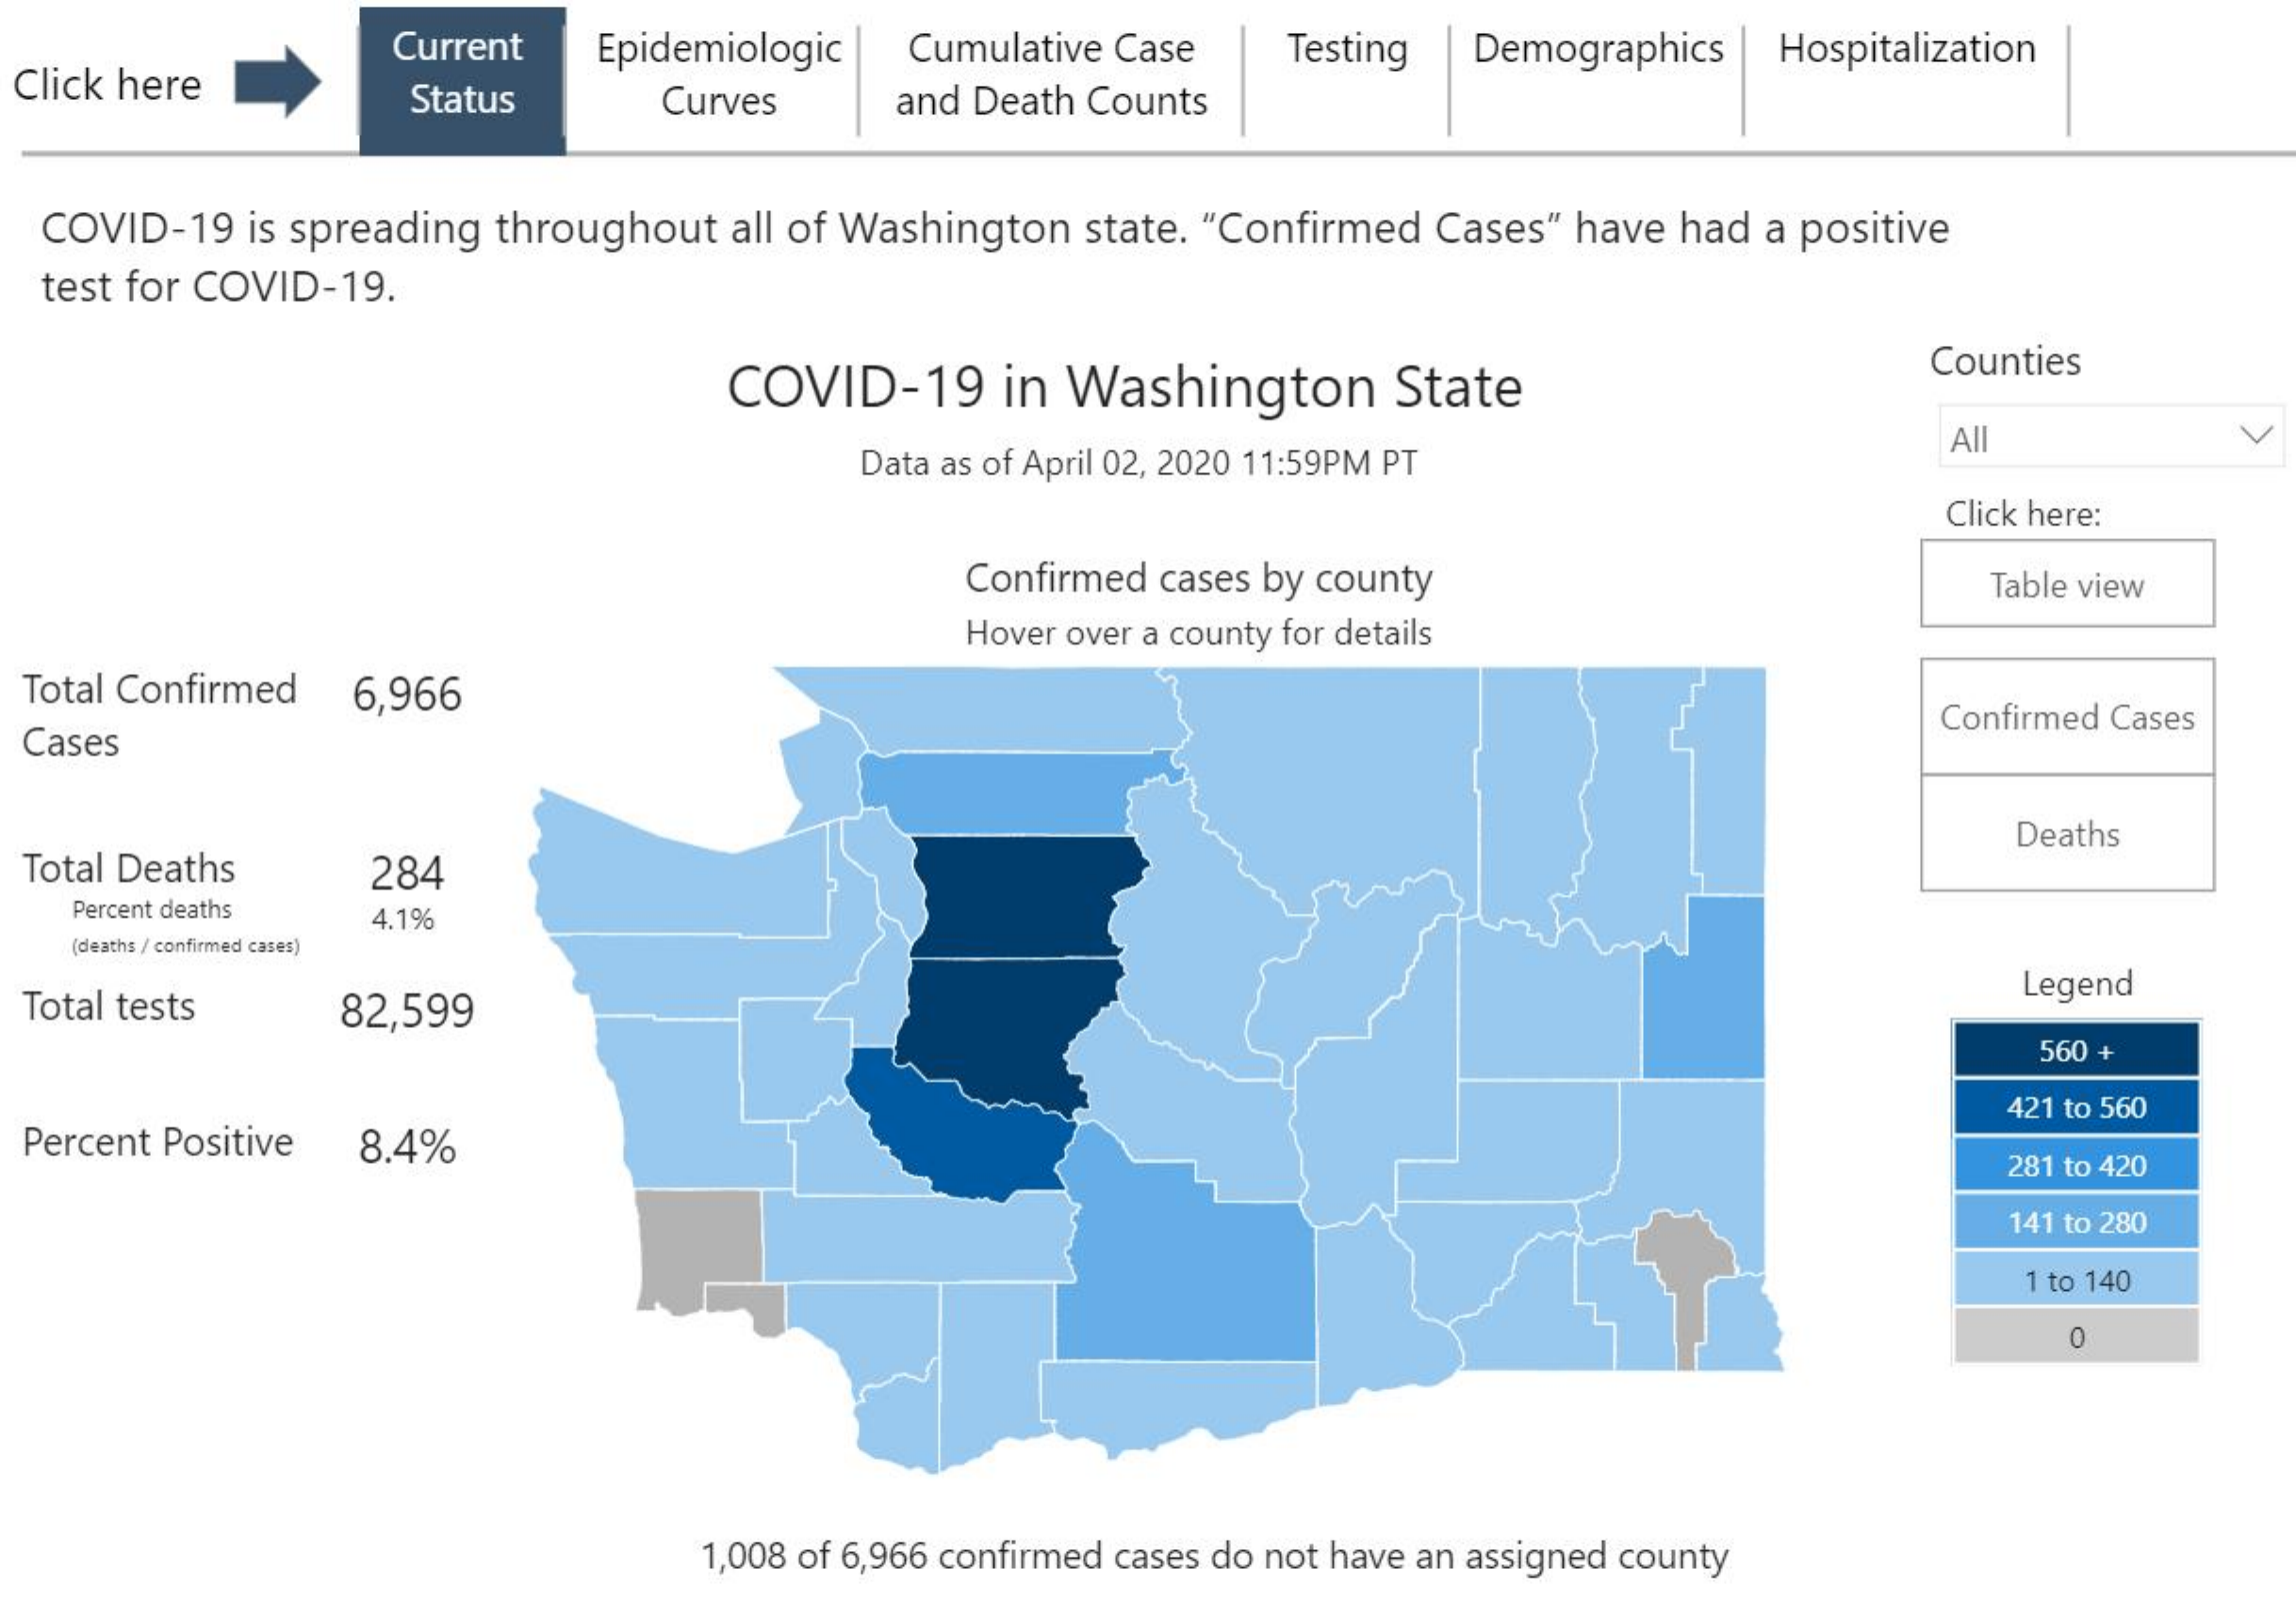
Click here
     Current  Epidemiologic Cumulative Case Testing Demographics Hospitalization
     Status    Curves    and Death Counts
  COVID-19 is spreading throughout all of Washington state. "Confirmed Cases" have had a positive
  test for COVID-19.
     COVID-19   in Washington    State
     Counties
     Data as of April 02, 2020 11:59PM PT
     Al    V
     Click here:
     Confirmed cases by county    Table view
     Hover over a county for details
  Total Confirmed 6,966
  Cases
     Confirmed Cases
  Total Deaths  284
     Deaths
    Percent deaths 4.1%
   (deaths / confirmed cases)
  Total tests  82,599
     Legend
     560 +
  Percent Positive 8.4%
     421 to 560
     281 to 420
     141 to 280
     1 to 140
     0
     1,008 of 6,966 confirmed cases do not have an assigned county